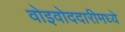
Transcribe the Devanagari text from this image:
वोइवोददारीमध्ये